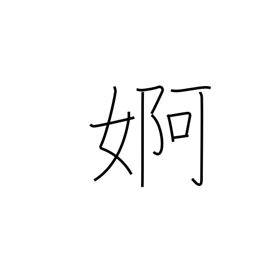
Meaning: flirtation